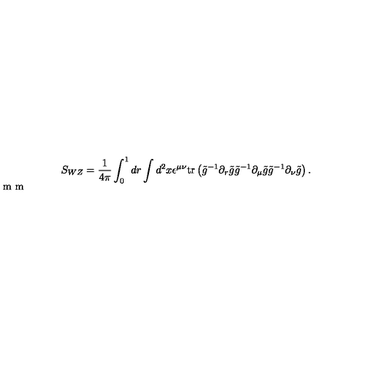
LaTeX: S _ { W Z } = { \frac { 1 } { 4 \pi } } \int _ { 0 } ^ { 1 } d r \int d ^ { 2 } x \epsilon ^ { \mu \nu } \mathrm { t r } \left( \tilde { g } ^ { - 1 } \partial _ { r } \tilde { g } \tilde { g } ^ { - 1 } \partial _ { \mu } \tilde { g } \tilde { g } ^ { - 1 } \partial _ { \nu } \tilde { g } \right) . \vspace { 2 m m }